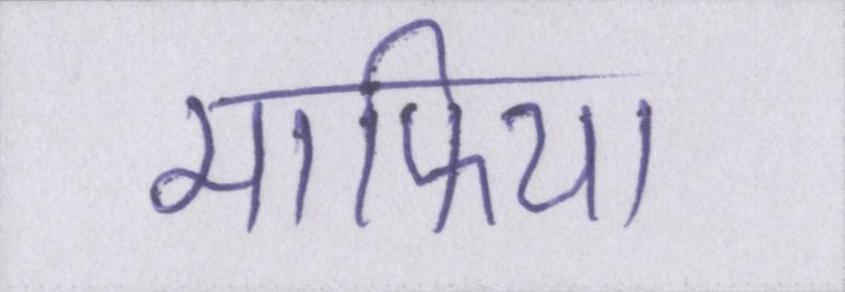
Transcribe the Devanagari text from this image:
माफिया